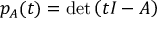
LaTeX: p _ { A } ( t ) = \operatorname* { d e t } \left( t I - A \right)